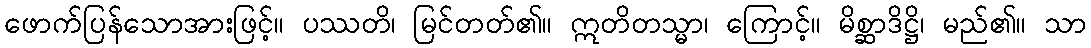
ဖောက်ပြန်သောအားဖြင့်။ ပဿတိ၊ မြင်တတ်၏။ ဣတိတသ္မာ၊ ကြောင့်။ မိစ္ဆာဒိဋ္ဌိ၊ မည်၏။ သာ